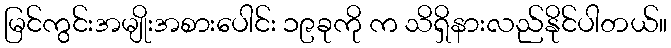
မြင်ကွင်းအမျိုးအစားပေါင်း ၁၉ခုကို က သိရှိနားလည်နိုင်ပါတယ်။